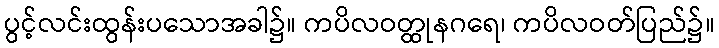
ပွင့်လင်းထွန်းပသောအခါ၌။ ကပိလဝတ္ထုနဂရေ၊ ကပိလဝတ်ပြည်၌။